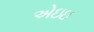
એઇઇ